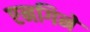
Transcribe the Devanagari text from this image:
एनगिने